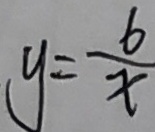
y = \frac { 6 } { x }